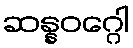
ဆန္နဝဂ္ဂေါ